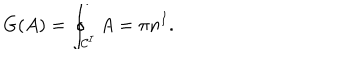
G ( A ) = \oint _ { { \cal C } ^ { I } } A = \pi n ^ { I } .